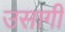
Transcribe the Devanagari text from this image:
उसागी